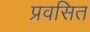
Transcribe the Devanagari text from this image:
प्रवसित